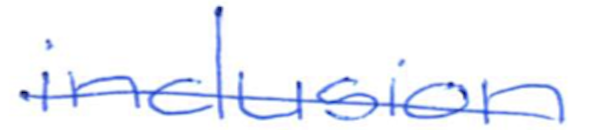
Text: inclusion
Cross-out: single-line
Writing tool: ballpoint